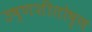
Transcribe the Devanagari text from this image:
उष्णशीतोष्ण